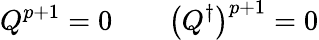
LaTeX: Q^{p+1}=0\qquad\bigl(Q^{\dagger}\bigr)^{p+1}=0